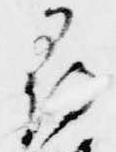
尋